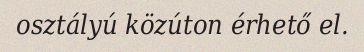
osztályú közúton érhető el.